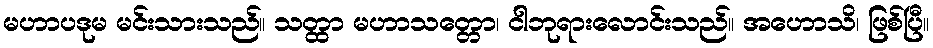
မဟာပဒုမ မင်းသားသည်။ သတ္ထာ မဟာသတ္တော၊ ငါဘုရားလောင်းသည်။ အဟောသိ၊ ဖြစ်ပြီ။